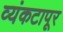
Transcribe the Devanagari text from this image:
व्यंकटापूर